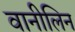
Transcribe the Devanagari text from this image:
वानीलिन